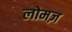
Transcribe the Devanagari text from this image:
लोमज़